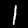
Label: 1